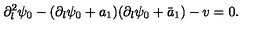
\partial _ { l } ^ { 2 } \psi _ { 0 } - ( \partial _ { l } \psi _ { 0 } + a _ { 1 } ) ( \partial _ { l } \psi _ { 0 } + \bar { a } _ { 1 } ) - v = 0 .